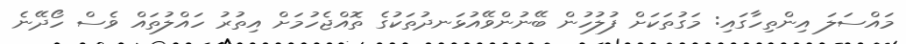
މައްސަލަ އިންތިހާގައި: މަގުތަކަށް ފުލުހުން ބޭނުންވޭއުޅަނދުތަކުގެ ތޮއްޖެހުމަށް އިތުރު ހައްލުތައް ވެސް ހޯދޭނެ